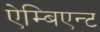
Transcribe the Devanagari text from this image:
ऐम्बिएन्ट